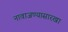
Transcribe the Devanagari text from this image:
नावाजण्यासारखा